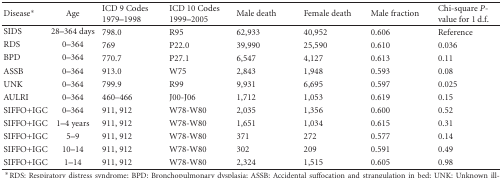
<table><thead><tr><td><b>Disease*</b></td><td><b>Age</b></td><td><b>ICD 9 Codes 1979–1998</b></td><td><b>ICD 10 Codes 1999–2005</b></td><td><b>Male death</b></td><td><b>Female death</b></td><td><b>Male fraction</b></td><td><b>Chi-square <i>P</i>- value for 1 d.f.</b></td></tr></thead><tbody><tr><td>SIDS</td><td>28–364 days</td><td>798.0</td><td>R95</td><td>62,933</td><td>40,952</td><td>0.606</td><td>Reference</td></tr><tr><td>RDS</td><td> 0–364</td><td>769</td><td>P22.0</td><td>39,990</td><td>25,590</td><td>0.610</td><td>0.036</td></tr><tr><td>BPD</td><td> 0–364</td><td>770.7</td><td>P27.1</td><td> 6,547</td><td> 4,127</td><td>0.613</td><td>0.11</td></tr><tr><td>ASSB</td><td> 0–364</td><td>913.0</td><td>W75</td><td> 2,843</td><td> 1,948</td><td>0.593</td><td>0.08</td></tr><tr><td>UNK</td><td> 0–364</td><td>799.9</td><td>R99</td><td> 9,931</td><td> 6,695</td><td>0.597</td><td>0.025</td></tr><tr><td>AULRI</td><td> 0–364</td><td>460–466</td><td>J00-J06</td><td> 1,712</td><td> 1,053</td><td>0.619</td><td>0.15</td></tr><tr><td>SIFFO+IGC</td><td> 0–364</td><td>911, 912</td><td>W78-W80</td><td> 2,035</td><td> 1,356</td><td>0.600</td><td>0.52</td></tr><tr><td>SIFFO+IGC</td><td> 1–4 years</td><td>911, 912</td><td>W78-W80</td><td> 1,651</td><td> 1,034</td><td>0.615</td><td>0.31</td></tr><tr><td>SIFFO+IGC</td><td> 5–9</td><td>911, 912</td><td>W78-W80</td><td> 371</td><td> 272</td><td>0.577</td><td>0.14</td></tr><tr><td>SIFFO+IGC</td><td> 10–14</td><td>911, 912</td><td>W78-W80</td><td> 302</td><td> 209</td><td>0.591</td><td>0.49</td></tr><tr><td>SIFFO+IGC</td><td>1–14</td><td>911, 912</td><td>W78-W80</td><td> 2,324</td><td> 1,515</td><td>0.605</td><td>0.98</td></tr></tbody></table>